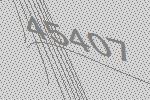
45407